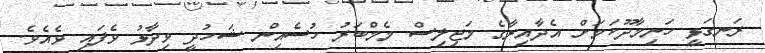
ރަނގަޅީ ހަނިމާދޫކަމަށް އެދާއިރާގެ މަޖިލިސް މެމްބަރު ހުސެއިން ޝަހުދީ ވިދާޅު ވެފައި ވެއެވެ.